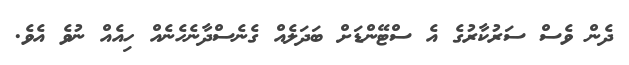
ދެން ވެސް ސަރުކާރުގެ އެ ސްޓޭންޑަށް ބަދަލެއް ގެނެސްދާނެހެނެއް ހިއެއް ނުވެ އެވެ.